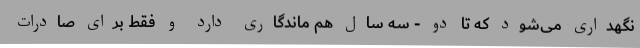
نگهداری می‌شود که تا دو - سه سال هم ماندگاری دارد و فقط برای صادرات